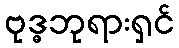
ဗုဒ္ဓဘုရားရှင်